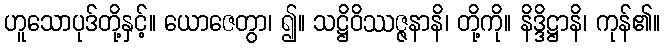
ဟူသောပုဒ်တို့နှင့်။ ယောဇေတွာ၊ ၍။ သဋ္ဌိဝိဿဇ္ဇနာနိ၊ တို့ကို။ နိဒ္ဒိဋ္ဌာနိ၊ ကုန်၏။